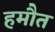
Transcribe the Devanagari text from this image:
हमौत